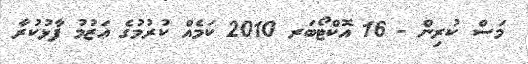
މަސް ކުރިން - 16 އޮކްޓޯބަރ 2010 ކަމެއް ކުރުމުގެ ޢަޒުމު ފާޅުކުރާ